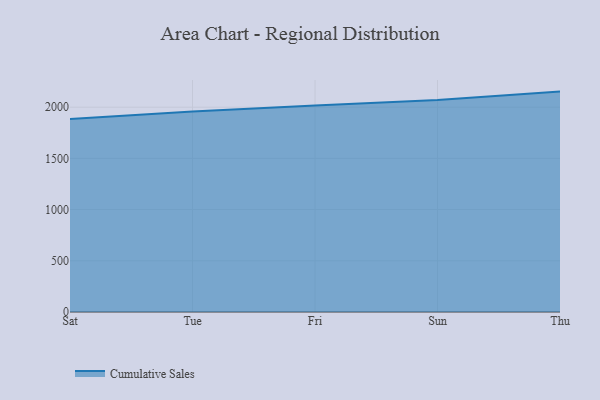
{"axis": {"x": "Day", "y": "Production Output"}, "legend": ["Cumulative Sales"], "data": [{"x": "Sat", "y": 1884.9, "type": "Cumulative Sales"}, {"x": "Tue", "y": 1958.8, "type": "Cumulative Sales"}, {"x": "Fri", "y": 2016.9, "type": "Cumulative Sales"}, {"x": "Sun", "y": 2070.9, "type": "Cumulative Sales"}, {"x": "Thu", "y": 2152.3, "type": "Cumulative Sales"}]}